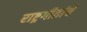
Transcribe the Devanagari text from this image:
राष्ट्रगीतांचे